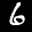
Label: 6